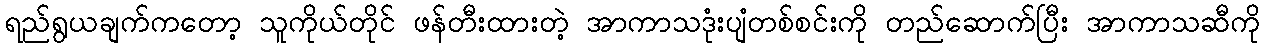
ရည်ရွယချက်ကတော့ သူကိုယ်တိုင် ဖန်တီးထားတဲ့ အာကာသဒုံးပျံတစ်စင်းကို တည်ဆောက်ပြီး အာကာသဆီကို